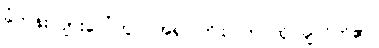
ခုံတန်းလျားပေါ်တွင် အရုပ်ကြိုးပြတ် ထိုင်ချလိုက်၏။